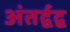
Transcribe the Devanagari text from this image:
अंतर्द्वद्व